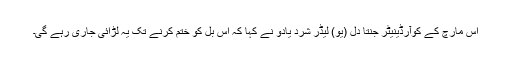
اس مارچ کے کوآرڈینیٹر جنتا دل (یو) لیڈر شرد یادو نے کہا کہ اس بل کو ختم کرنے تک یہ لڑائی جاری رہے گی۔